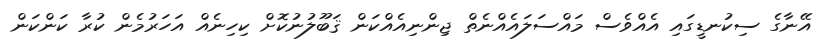
އޭނާގެ ސިކުނޑީގައި އެއްވެސް މައްސަލައެއްނެތް ޖިންނިއެއްކަން ޤަބޫލުނުކޮށް ކިހިނެއް އަހަރުމެން ކުރާ ކަންކަން